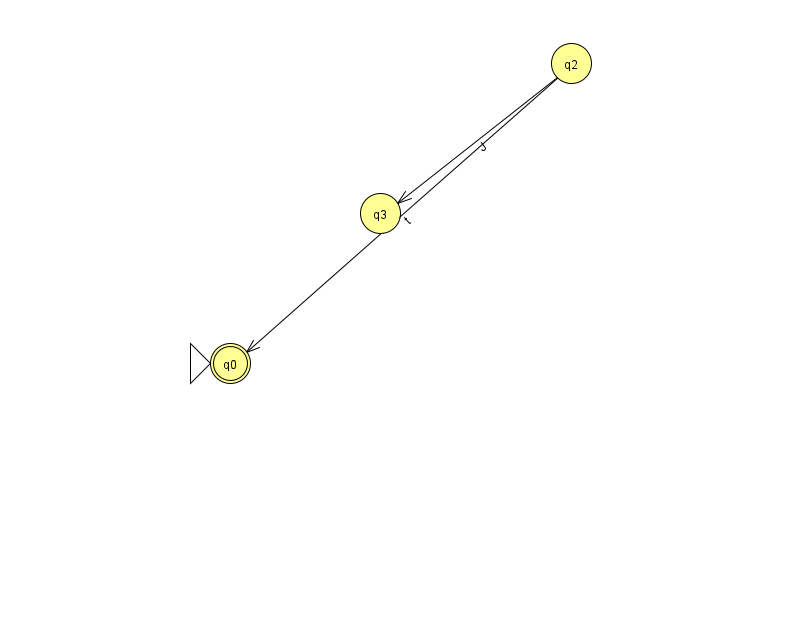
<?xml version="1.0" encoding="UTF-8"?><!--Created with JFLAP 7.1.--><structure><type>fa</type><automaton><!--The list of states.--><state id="0" name="q0"><x>230.0</x><y>350.0</y><initial/><final/></state><state id="2" name="q2"><x>571.0</x><y>50.0</y></state><state id="3" name="q3"><x>380.0</x><y>200.0</y></state><!--The list of transitions.--><transition><from>2</from><to>3</to><read>J</read></transition><transition><from>2</from><to>0</to><read>t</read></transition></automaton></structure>